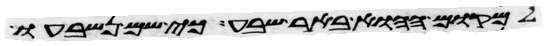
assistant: למקום ההוא באר שבע כי שם נשבעו